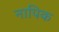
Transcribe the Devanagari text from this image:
नापिक